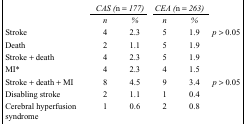
<table><thead><tr><td></td><td colspan="2"><b><i>CAS (n = 177)</i></b></td><td colspan="2"><b><i>CEA (n = 263)</i></b></td><td></td></tr><tr><td></td><td><b><i>n</i></b></td><td><b><i>%</i></b></td><td><b><i>n</i></b></td><td><b><i>%</i></b></td><td></td></tr></thead><tbody><tr><td>Stroke</td><td>4</td><td>2.3</td><td>5</td><td>1.9</td><td><i>p</i> &gt; 0.05</td></tr><tr><td>Death</td><td>2</td><td>1.1</td><td>5</td><td>1.9</td><td></td></tr><tr><td>Stroke + death</td><td>4</td><td>2.3</td><td>5</td><td>1.9</td><td></td></tr><tr><td>MI*</td><td>4</td><td>2.3</td><td>4</td><td>1.5</td><td></td></tr><tr><td>Stroke + death + MI</td><td>8</td><td>4.5</td><td>9</td><td>3.4</td><td><i>p</i> &gt; 0.05</td></tr><tr><td>Disabling stroke</td><td>2</td><td>1.1</td><td>1</td><td>0.4</td><td></td></tr><tr><td>Cerebral hyperfusion syndrome</td><td>1</td><td>0.6</td><td>2</td><td>0.8</td><td></td></tr></tbody></table>